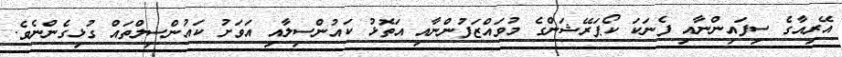
އޭރިއާގެ ސިފައިންނާއި ފެނަކަ ކޯޕަރޭޝަންގެ މުވައްޒަފުންނާއި އަތޮޅު ކައުންސިލާއި އަވަށު ކައުންސިލްތައް ގުޅިގެންނެވެ.